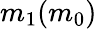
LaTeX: m_{1}(m_{0})